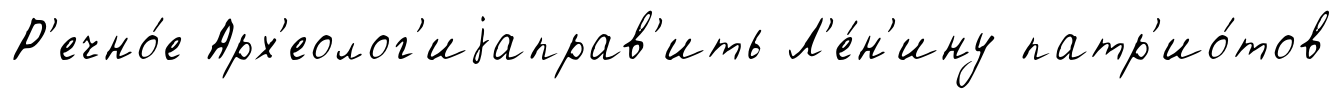
Р'ечно́е Арх'еолог'иjаправ'ить Л'е́н'ину патр'ио́тов